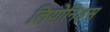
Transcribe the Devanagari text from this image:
लियोनिड़स